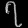
Digit: ၇